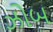
ઝોબ